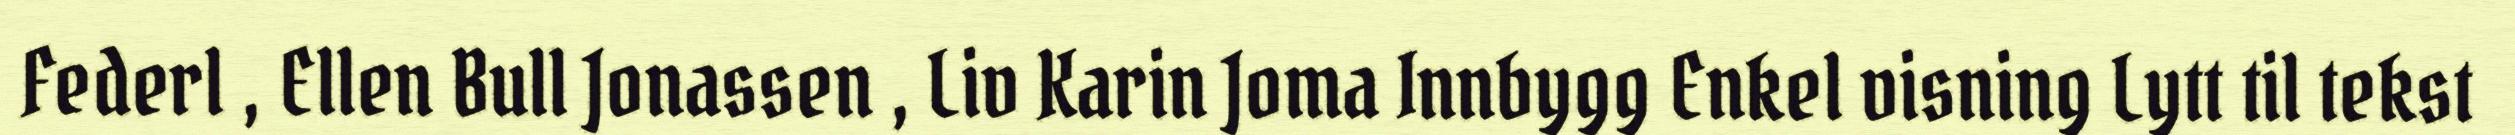
Federl , Ellen Bull Jonassen , Liv Karin Joma Innbygg Enkel visning Lytt til tekst